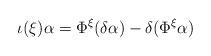
LaTeX: \begin{align*}\iota(\xi)\alpha=\Phi^{\xi}(\delta\alpha)-\delta(\Phi^{\xi}\alpha)\end{align*}